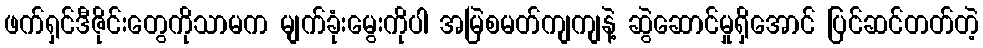
ဖက်ရှင်ဒီဇိုင်းတွေကိုသာမက မျက်ခုံးမွေးကိုပါ အမြဲစမတ်ကျကျနဲ့ ဆွဲဆောင်မှုရှိအောင် ပြင်ဆင်တတ်တဲ့